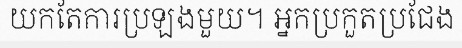
យកតែការប្រឡងមួយ។ អ្នកប្រកួតប្រជែង